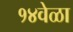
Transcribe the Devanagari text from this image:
१४वेळा